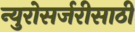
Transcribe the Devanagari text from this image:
न्युरोसर्जरीसाठी